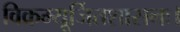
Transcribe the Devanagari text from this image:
विक्रम्यूर्जितशासनः।